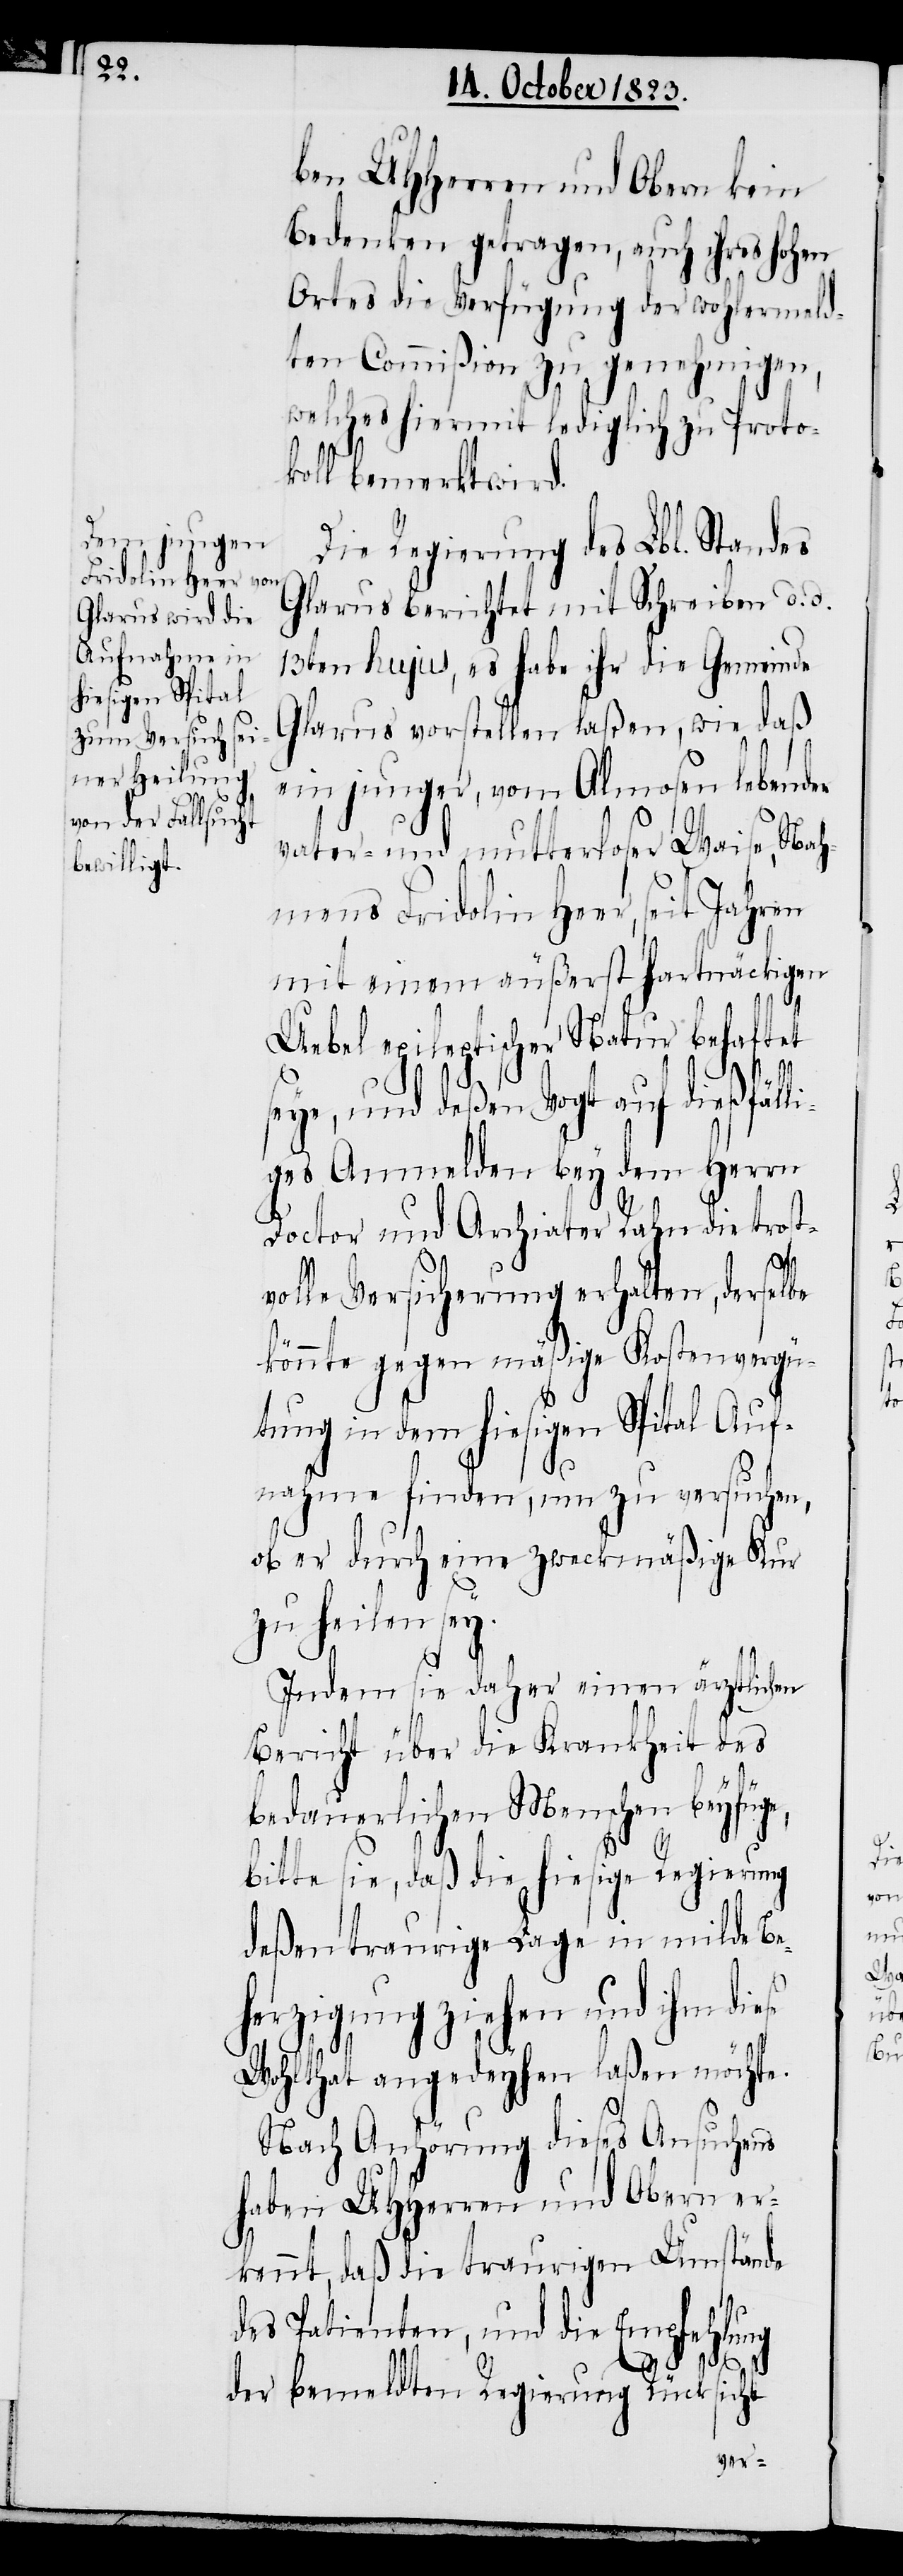
ben UHHerren und Obern kein
Bedenken getragen, auch ihres hohen
Ortes die Verfügung der wohlermeld¬
ten Commißion zu genehmigen,
welches hiermit lediglich zu Proto¬
koll bemerkt wird.
Die Regierung des Lbl. Standes
Glarus berichtet mit Schreiben d. d.
13ten hujus, es habe ihr die Gemeinde
Glarus vorstellen laßen, wie daß
ein junger, vom Almosen lebender
vater- und mutterloser Waise, Nah¬
mens Fridolin Heer, seit Jahren
mit einem äußerst hartnäckigen
Uebel epileptischer Natur behaftet
seye, und deßen Vogt auf dießfäll¬
iges Anmelden bey dem Herrn
Doctor und Archiater Rahn die trost¬
se
volle Versicherung erhalten, derselbe
könnte gegen mäßige Kostenvergü¬
tung in dem hiesigen Spital Auf¬
nahme finden, um zu versuchen,
ob er durch eine zweckmäßige Kur
zu heilen sey.
Indem sie daher einen ärztlichen
Bericht über die Krankheit des
bedauerlichen Menschen beyfüge,
bitte sie, daß die hiesige Regierung
deßen traurige Lage in milde Be¬
herzigung ziehen und ihm die¬
Wohlthat angedeyhen laßen möchte.
Nach Anhörung dieses Ansuchens
haben UHHerren und Obern er¬
kennt, daß die traurigen Umstände
des Patienten, und die Empfehlung
der bemeldten Regierung Rücksicht